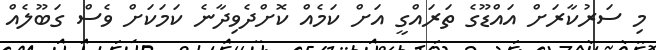
މި ސަރުކާރަށް އައްޑޫގެ ތަރައްގީ އަށް ކަމެއް ކޮށްދެވިދާނެ ކަމަކަށް ވެސް ގަބޫލެއް